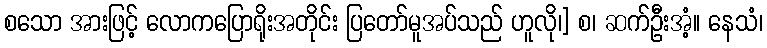
စသော အားဖြင့် လောကပြောရိုးအတိုင်း ပြတော်မူအပ်သည် ဟူလို၊] စ၊ ဆက်ဦးအံ့။ နေသံ၊